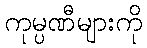
ကုမ္ပဏီများကို